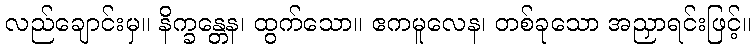
လည်ချောင်းမှ။ နိက္ခန္တေန၊ ထွက်သော။ ဧကမူလေန၊ တစ်ခုသော အညှာရင်းဖြင့်။